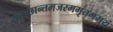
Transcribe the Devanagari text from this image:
यत्तच्छान्तमजरममृतमभयं